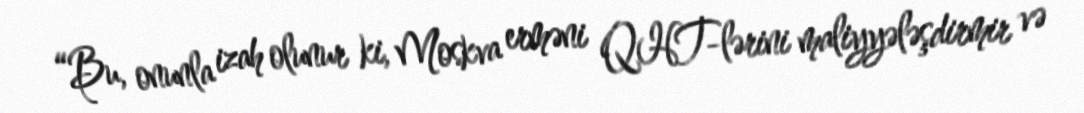
“Bu, onunla izah olunur ki, Moskva erməni QHT-lərini maliyyələşdirmir və